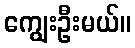
ကျွေးဦးမယ်။